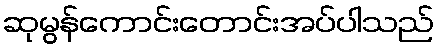
ဆုမွန်ကောင်းတောင်းအပ်ပါသည်